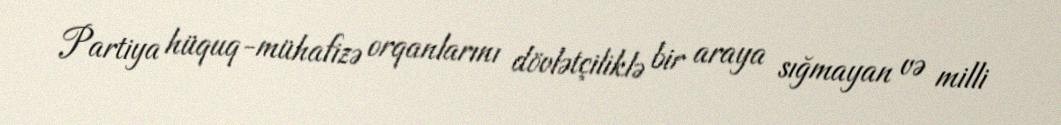
Partiya hüquq-mühafizə orqanlarını dövlətçiliklə bir araya sığmayan və milli